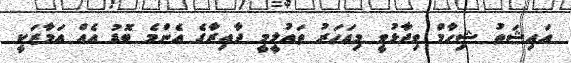
އައިޝަތު ޝިހާމް ވިދާޅުވީ މިއަހަރު ތައުލީމީ ދާއިރާގެ އެންމެ ބޮޑު އެއް އަމާޒަކީ